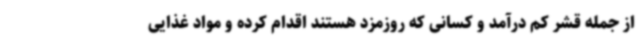
از جمله قشر کم درآمد و کسانی که روزمزد هستند اقدام کرده و مواد غذایی